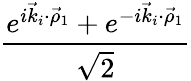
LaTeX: \frac{e^{i\vec{k}_{i}\cdot\vec{\rho}_{1}}+e^{-i\vec{k}_{i}\cdot\vec{\rho}_{1}}}{\sqrt{2}}